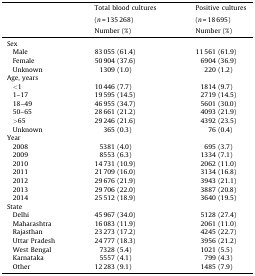
<table><thead><tr><td></td><td><b>Total blood cultures</b></td><td><b>Positive cultures</b></td></tr><tr><td></td><td><b>(<i>n</i> = 135 268)</b></td><td><b>(<i>n</i> = 18 695)</b></td></tr><tr><td></td><td><b>Number (%)</b></td><td><b>Number (%)</b></td></tr></thead><tbody><tr><td colspan="3">Sex</td></tr><tr><td> Male</td><td>83 055 (61.4)</td><td>11 561 (61.9)</td></tr><tr><td> Female</td><td>50 904 (37.6)</td><td>6904 (36.9)</td></tr><tr><td> Unknown</td><td>1309 (1.0)</td><td>220 (1.2)</td></tr><tr><td colspan="3">Age, years</td></tr><tr><td> &lt;1</td><td>10 446 (7.7)</td><td>1814 (9.7)</td></tr><tr><td> 1–17</td><td>19 595 (14.5)</td><td>2719 (14.5)</td></tr><tr><td> 18–49</td><td>46 955 (34.7)</td><td>5601 (30.0)</td></tr><tr><td> 50–65</td><td>28 661 (21.2)</td><td>4093 (21.9)</td></tr><tr><td> &gt;65</td><td>29 246 (21.6)</td><td>4392 (23.5)</td></tr><tr><td> Unknown</td><td>365 (0.3)</td><td>76 (0.4)</td></tr><tr><td colspan="3">Year</td></tr><tr><td> 2008</td><td>5381 (4.0)</td><td>695 (3.7)</td></tr><tr><td> 2009</td><td>8553 (6.3)</td><td>1334 (7.1)</td></tr><tr><td> 2010</td><td>14 731 (10.9)</td><td>2062 (11.0)</td></tr><tr><td> 2011</td><td>21 709 (16.0)</td><td>3134 (16.8)</td></tr><tr><td> 2012</td><td>29 676 (21.9)</td><td>3943 (21.1)</td></tr><tr><td> 2013</td><td>29 706 (22.0)</td><td>3887 (20.8)</td></tr><tr><td> 2014</td><td>25 512 (18.9)</td><td>3640 (19.5)</td></tr><tr><td colspan="3">State</td></tr><tr><td> Delhi</td><td>45 967 (34.0)</td><td>5128 (27.4)</td></tr><tr><td> Maharashtra</td><td>16 083 (11.9)</td><td>2061 (11.0)</td></tr><tr><td> Rajasthan</td><td>23 273 (17.2)</td><td>4245 (22.7)</td></tr><tr><td> Uttar Pradesh</td><td>24 777 (18.3)</td><td>3956 (21.2)</td></tr><tr><td> West Bengal</td><td>7328 (5.4)</td><td>1021 (5.5)</td></tr><tr><td> Karnataka</td><td>5557 (4.1)</td><td>799 (4.3)</td></tr><tr><td> Other</td><td>12 283 (9.1)</td><td>1485 (7.9)</td></tr></tbody></table>